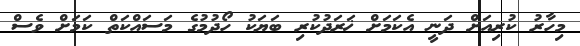
މިހާރު ކުރިއަށް ދަނީ އެކަމަށް ޚަރަދުކުރި ބަޔަކު ހޯދުމުގެ މަސައްކަތް ކަމަށް ވެސް